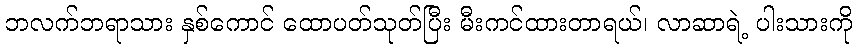
ဘလက်ဘရာသား နှစ်ကောင် ထောပတ်သုတ်ပြီး မီးကင်ထားတာရယ်၊ လာဆာရဲ့ ပါးသားကို